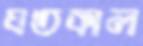
যতকাল